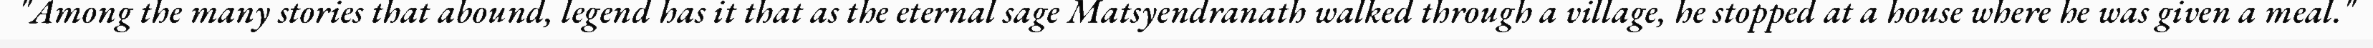
"Among the many stories that abound, legend has it that as the eternal sage Matsyendranath walked through a village, he stopped at a house where he was given a meal."